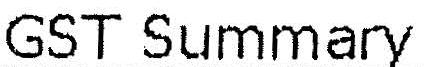
GST SUMMARY